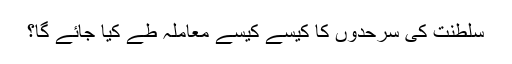
سلطنت کی سرحدوں کا کیسے کیسے معاملہ طے کیا جائے گا؟